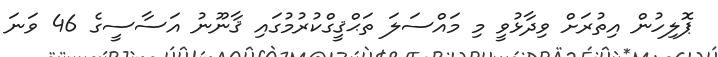
ޕޮލިހުން އިތުރަށް ވިދާޅުވީ މި މައްސަލަ ތަޙްޤީގްކުރުމުގައި ޤާނޫނު އަސާސީގެ 46 ވަނަ